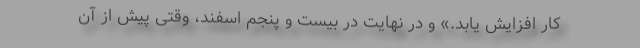
کار افزایش یابد.» و در نهایت در بیست و پنجم اسفند، وقتی پیش از آن